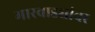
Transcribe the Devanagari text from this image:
मारवाड्यांवर